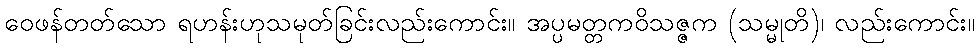
ဝေဖန်တတ်သော ရဟန်းဟုသမုတ်ခြင်းလည်းကောင်း။ အပ္ပမတ္တကဝိသဇ္ဇက (သမ္မုတိ)၊ လည်းကောင်း။